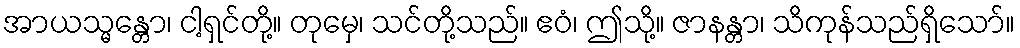
အာယသ္မန္တော၊ ငါ့ရှင်တို့။ တုမှေ၊ သင်တို့သည်။ ဧဝံ၊ ဤသို့။ ဇာနန္တာ၊ သိကုန်သည်ရှိသော်။